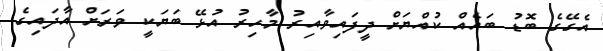
އެގޭގެ ބޮޑު ބައެއް ކުއްޔަށް ދީފައިވާއިރު މާހިރު އުޅޭ ބަޔަކީ ވަރަށް އާދައިގެ